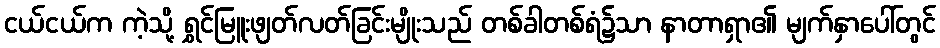
ငယ်ငယ်က ကဲ့သို့ ရွှင်မြူးဖျတ်လတ်ခြင်းမျိုးသည် တစ်ခါတစ်ရံ၌သာ နာတာရှာ၏ မျက်နှာပေါ်တွင်